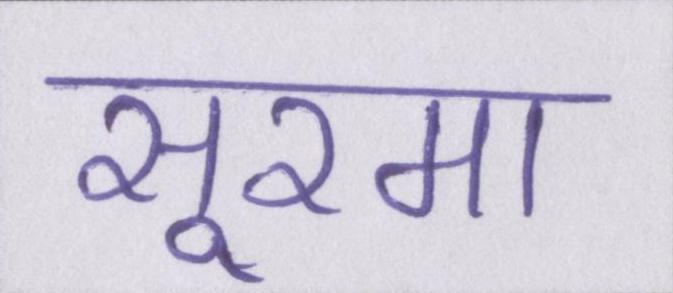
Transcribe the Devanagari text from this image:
सूरमा